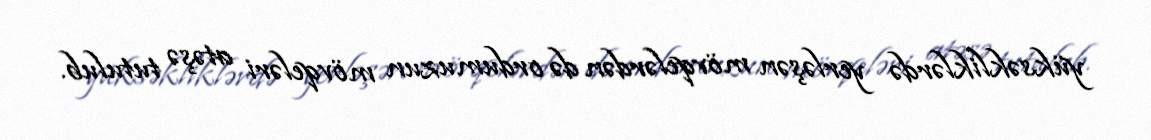
yüksəkliklərdə yerləşən mövqelərdən də ordumuzun mövqeləri atəşə tutulub.